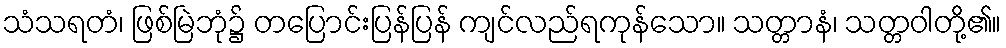
သံသရတံ၊ ဖြစ်မြဲဘုံ၌ တပြောင်းပြန်ပြန် ကျင်လည်ရကုန်သော။ သတ္တာနံ၊ သတ္တဝါတို့၏။